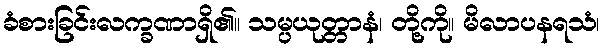
ခံစားခြင်းလက္ခဏာရှိ၏။ သမ္ပယုတ္တာနံ၊ တို့ကို။ မိလာပနရသံ၊